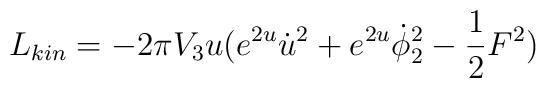
L_{kin}= -2\pi V_{3}u(e^{2u}{\dot{u}}^{2}+e^{2u}\dot{\phi}_{2}^{2}- {1\over2}F^2)